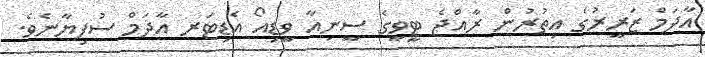
އާދަމް ޒަރީރުގެ އިތުރުން ރާއްޖެ ޓީވީގެ ސީނިއާ ވީޑިއޯ އެޑިޓަރ އާދަމް ސުފިޔާނެވެ.